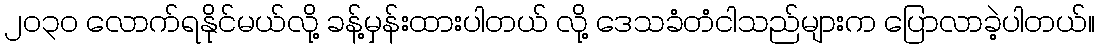
၂၀၃၀ လောက်ရနိုင်မယ်လို့ ခန့်မှန်းထားပါတယ် လို့ ဒေသခံတံငါသည်များက ပြောလာခဲ့ပါတယ်။